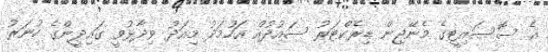
އެ ސޮސައިޓީގެ މެނޭޖިން ޑިރެކްޓަރު ސައުދުއް އަހުމަދު މިއަދު ވިދާޅުވީ ގައިދީންގެ ހުނަރު